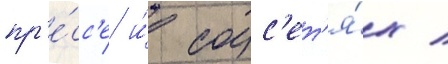
пр'е́сс'е и́ соцс'ет'я́х /